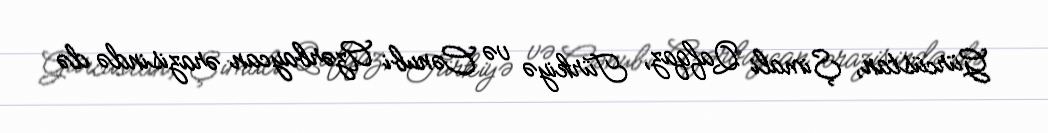
Gürcüstan, Şimali Qafqaz, Türkiyə və Cənubi Azərbaycan ərazisində də